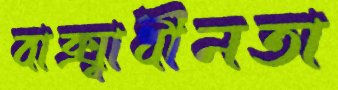
বাক্স্বাধীনতা